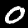
Digit: 0